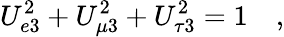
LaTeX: U_{e3}^{2}+U_{\mu 3}^{2}+U_{\tau 3}^{2}=1\quad,